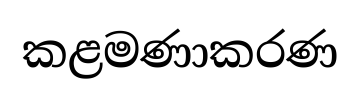
කළමණාකරණ